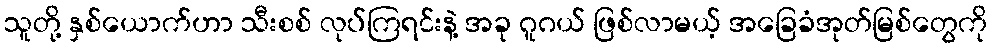
သူတို့ နှစ်ယောက်ဟာ သီးစစ် လုပ်ကြရင်းနဲ့ အခု ဂူဂယ် ဖြစ်လာမယ့် အခြေခံအုတ်မြစ်တွေကို